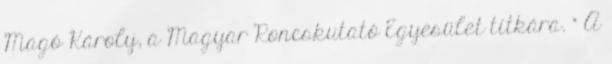
Magó Károly, a Magyar Roncskutató Egyesület titkára. " A